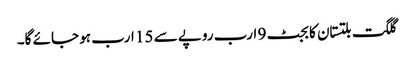
گلگت بلتستان کا بجٹ 9 ارب روپے سے 15 ارب ہو جائے گا۔